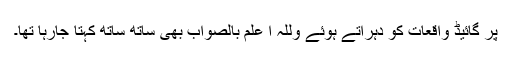
پر گائیڈ واقعات کو دہراتے ہوئے وللہ ا علم بالصواب بھی ساتھ ساتھ کہتا جارہا تھا۔